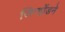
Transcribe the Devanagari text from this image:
जिन्होंडने